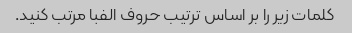
کلمات زیر را بر اساس ترتیب حروف الفبا مرتب کنید.